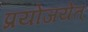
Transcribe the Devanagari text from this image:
प्रयोजयेत्